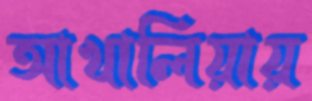
আখালিয়ায়